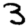
Digit: 3